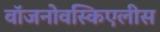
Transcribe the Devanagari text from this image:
वॉजनोवस्किएलीस